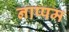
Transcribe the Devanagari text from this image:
नाप्पम